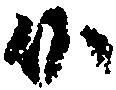
候